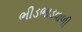
ભીડભાડવાળી